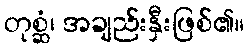
တုစ္ဆံ၊ အချည်းနှီးဖြစ်၏။